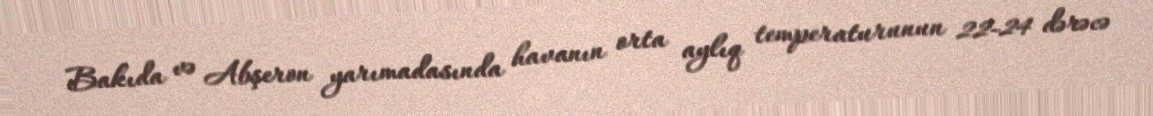
Bakıda və Abşeron yarımadasında havanın orta aylıq temperaturunun 22-24 dərəcə